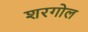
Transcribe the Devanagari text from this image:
शरगोल